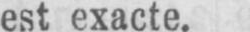
est exacte.